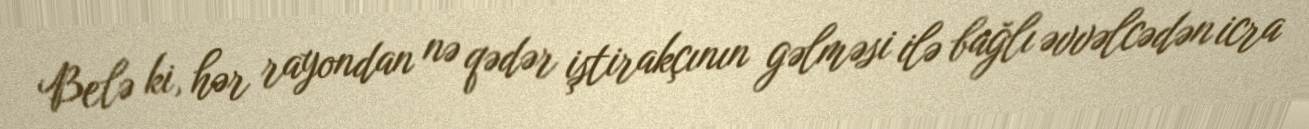
Belə ki, hər rayondan nə qədər iştirakçının gəlməsi ilə bağlı əvvəlcədən icra